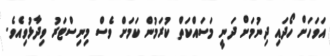
އަވަހަށް ހޯދައި ދިނުމަށް ދަނީ މަސައްކަތް ކުރަމުން ކަމަށް ވެސް މިނިސްޓަރު ވިދާޅުވިއެވެ.